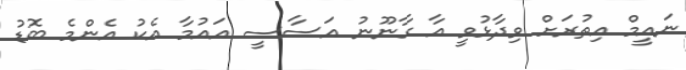
ނައީމް އިތުރަށް ވިދާޅުވީ އާ ގާނޫނު އަސާސީ އައުމާ އެކު އެންމެ ބޮޑު